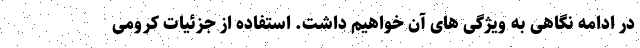
در ادامه نگاهی به ویژگی های آن خواهیم داشت. استفاده از جزئیات کرومی